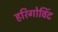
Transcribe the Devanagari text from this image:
हरिगोविंद